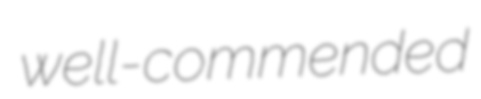
well-commended